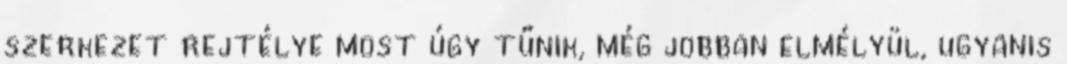
szerkezet rejtélye most úgy tűnik, még jobban elmélyül, ugyanis